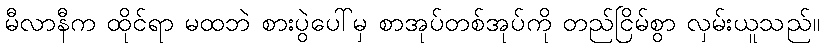
မီလာနီက ထိုင်ရာ မထဘဲ စားပွဲပေါ်မှ စာအုပ်တစ်အုပ်ကို တည်ငြိမ်စွာ လှမ်းယူသည်။